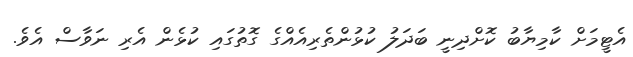
އެޓީމަށް ކާމިޔާބު ކޮށްދިނީ ބަދަލު ކުޅުންތެރިއެއްގެ ގޮތުގައި ކުޅެން އެރި ނަވާސް އެވެ.